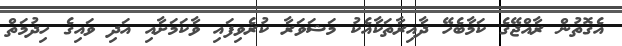
އެގޮތުން ރާއްޖޭގެ ކަމާބެހޭ ދާއިރާތަކާއެކު މަޝަވަރާ ކުރެވިފައި ވާކަމަށާއި އަދި ވައިގެ ހިދުމަތް